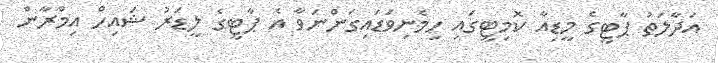
އަދާލަތު ޕާޓީގެ މީޑިއާ ކޮމިޓީގައި ހިމެނިވަޑައިގަންނަވާ އެ ޕާޓީގެ ލީޑަރު ޝައިހް އިމްރާން